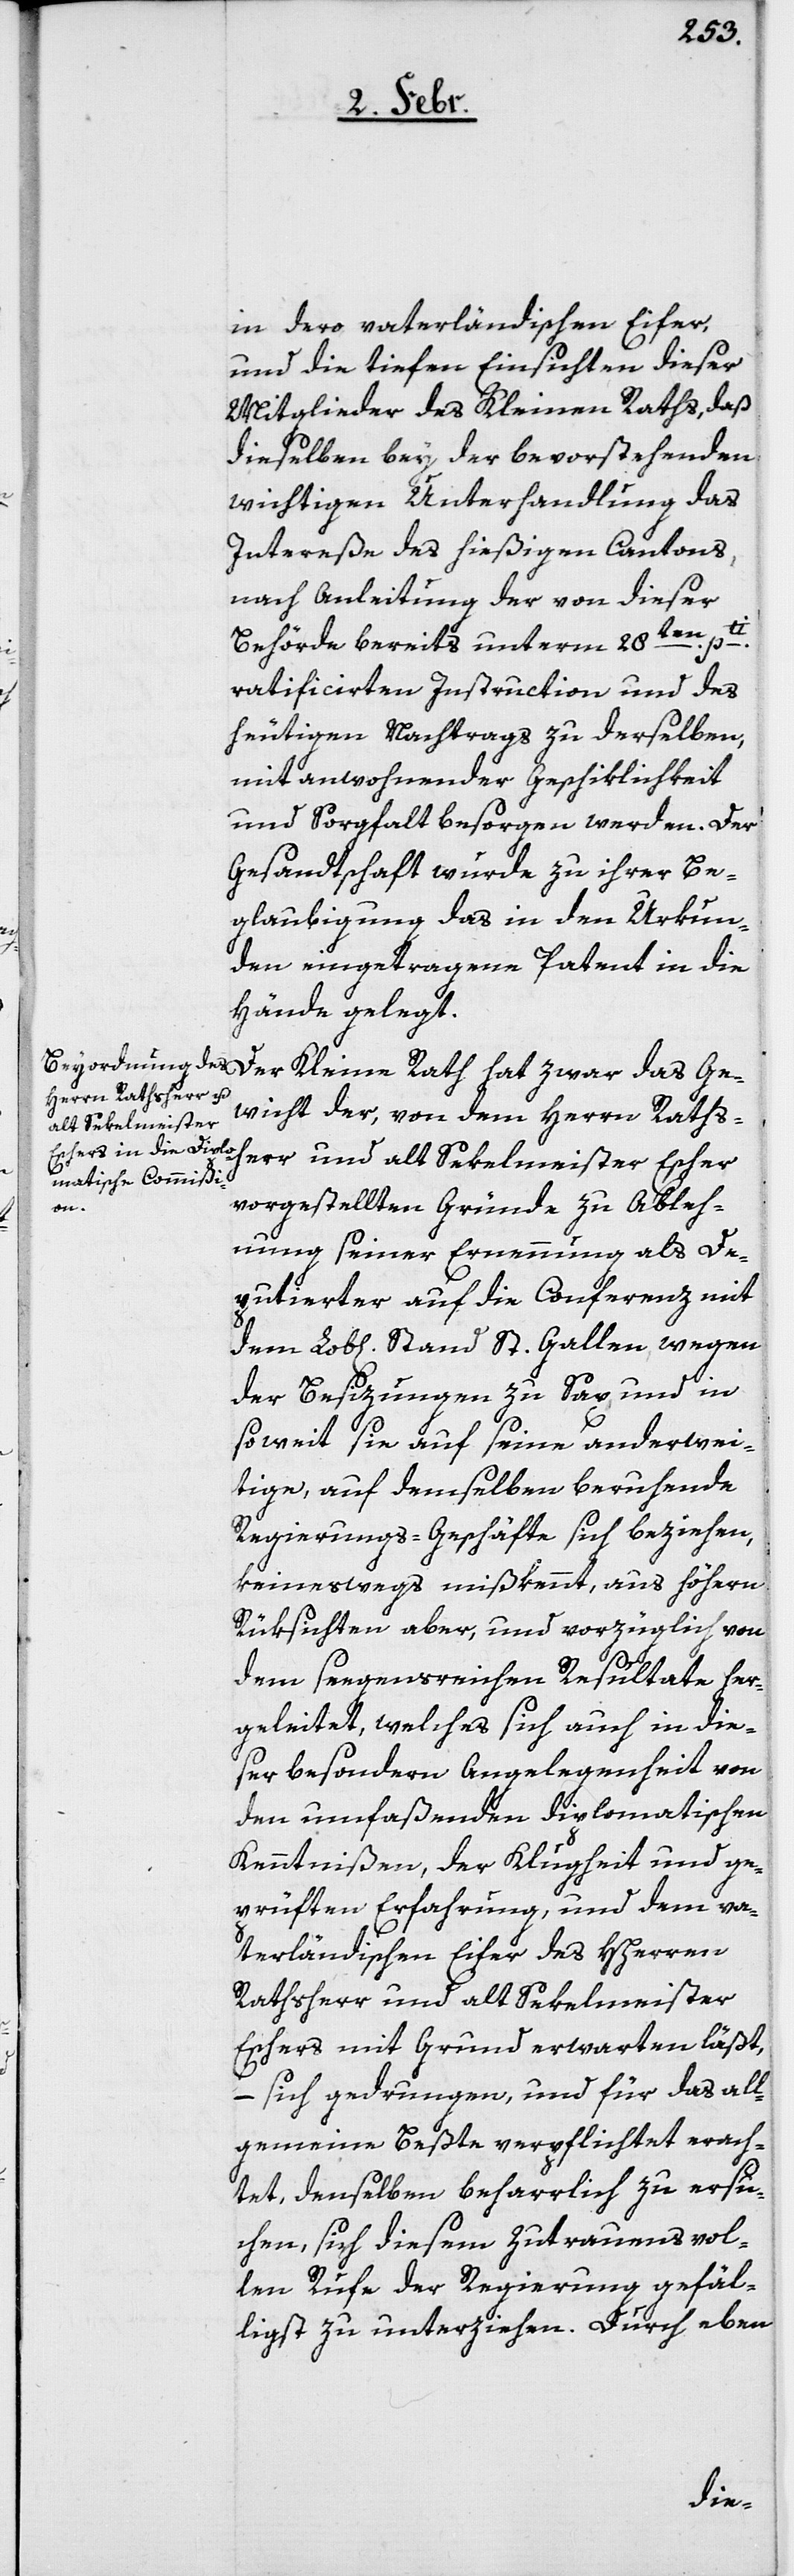
in dero vaterländischen Eifer,
und die tiefen Einsichten, dieser
Mitglieder des Kleinen Raths, daß
dieselben bey der bevorstehenden
wichtigen Unterhandlung das
Intereße des hießigen Cantons,
nach Anleitung der von dieser
Behörde bereits unterm 28ten. pti.
ratificierten Instruction und des
heutigen Nachtrags zu derselben,
mit anwohnender Geschiklichkeit
und Sorgfalt besorgen werden. Der
Gesandtschaft wurde zu ihrer Be¬
glaubigung das in den Urkun¬
den eingetragene Patent in die
Hände gelegt.
Der Kleine Rath hat zwar das Ge¬
wicht der, von dem Herrn Raths¬
herr und alt Sekelmeister Escher
vorgestellten Gründe zu Ableh¬
nung seiner Ernennung als De¬
putierte auf die Conferenz mit
der Besizungen zu Sax und in
soweit sie auf seine anderwei¬
tige, auf demselben beruhende
Regierungs-Geschäfte sich beziehen,
keineswegs mißkennt, aus höhern
Rücksichten aber, und vorzüglich von
dem seegensreichen Resultate her¬
geleitet, welches sich auch in die¬
ser besondern Angelegenheit von
den umfaßenden diplomatischen
Kenntnißen, der Klugheit und ge¬
prüften Erfahrung, und dem va¬
terländischen Eifer des HHerren
Rathsherr und alt Sekelmeister
Eschers mit Grund erwarten läßt,
– sich gedrungen, und für das all¬
gemeine Beßte verpflichtet erach¬
tet, denselben beharrlich zu ersu¬
chen, sich diesem Zutrauensvol¬
len Rufe der Regierung gefäl¬
ligst zu unterziehen. Durch eben